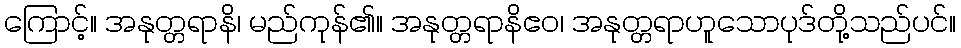
ကြောင့်။ အနုတ္တရာနိ၊ မည်ကုန်၏။ အနုတ္တရာနိဧဝ၊ အနုတ္တရာဟူသောပုဒ်တို့သည်ပင်။